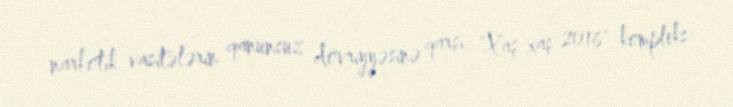
narkotik vasitələrin qanunsuz dövriyyəsinə qarşı "Xaş-xaş 2016" kompleks